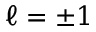
\ell = \pm 1